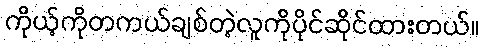
ကိုယ့်ကိုတကယ်ချစ်တဲ့လူကိုပိုင်ဆိုင်ထားတယ်။